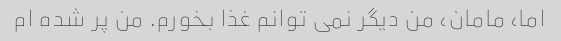
اما، مامان، من دیگر نمی توانم غذا بخورم. من پر شده ام